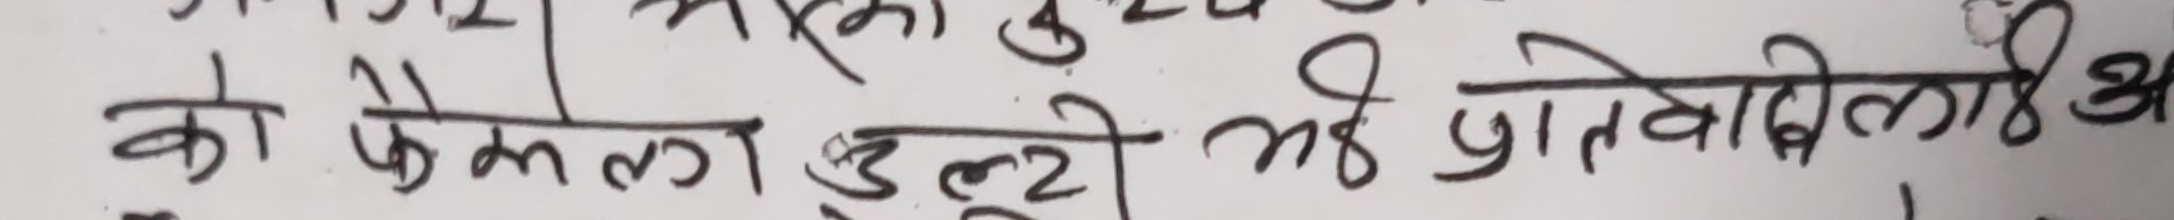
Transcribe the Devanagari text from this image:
को फेल्का उल्टी भई प्रतिवादीलाई अ